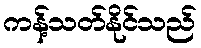
ကန့်သတ်နိုင်သည်